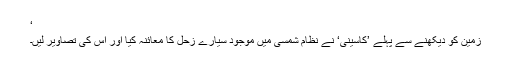
‘
زمین کو دیکھنے سے پہلے ’کاسینی‘ نے نظام شمسی میں موجود سیارے زحل کا معائنہ کیا اور اُس کی تصاویر لیں۔